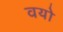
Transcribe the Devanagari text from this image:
वयो